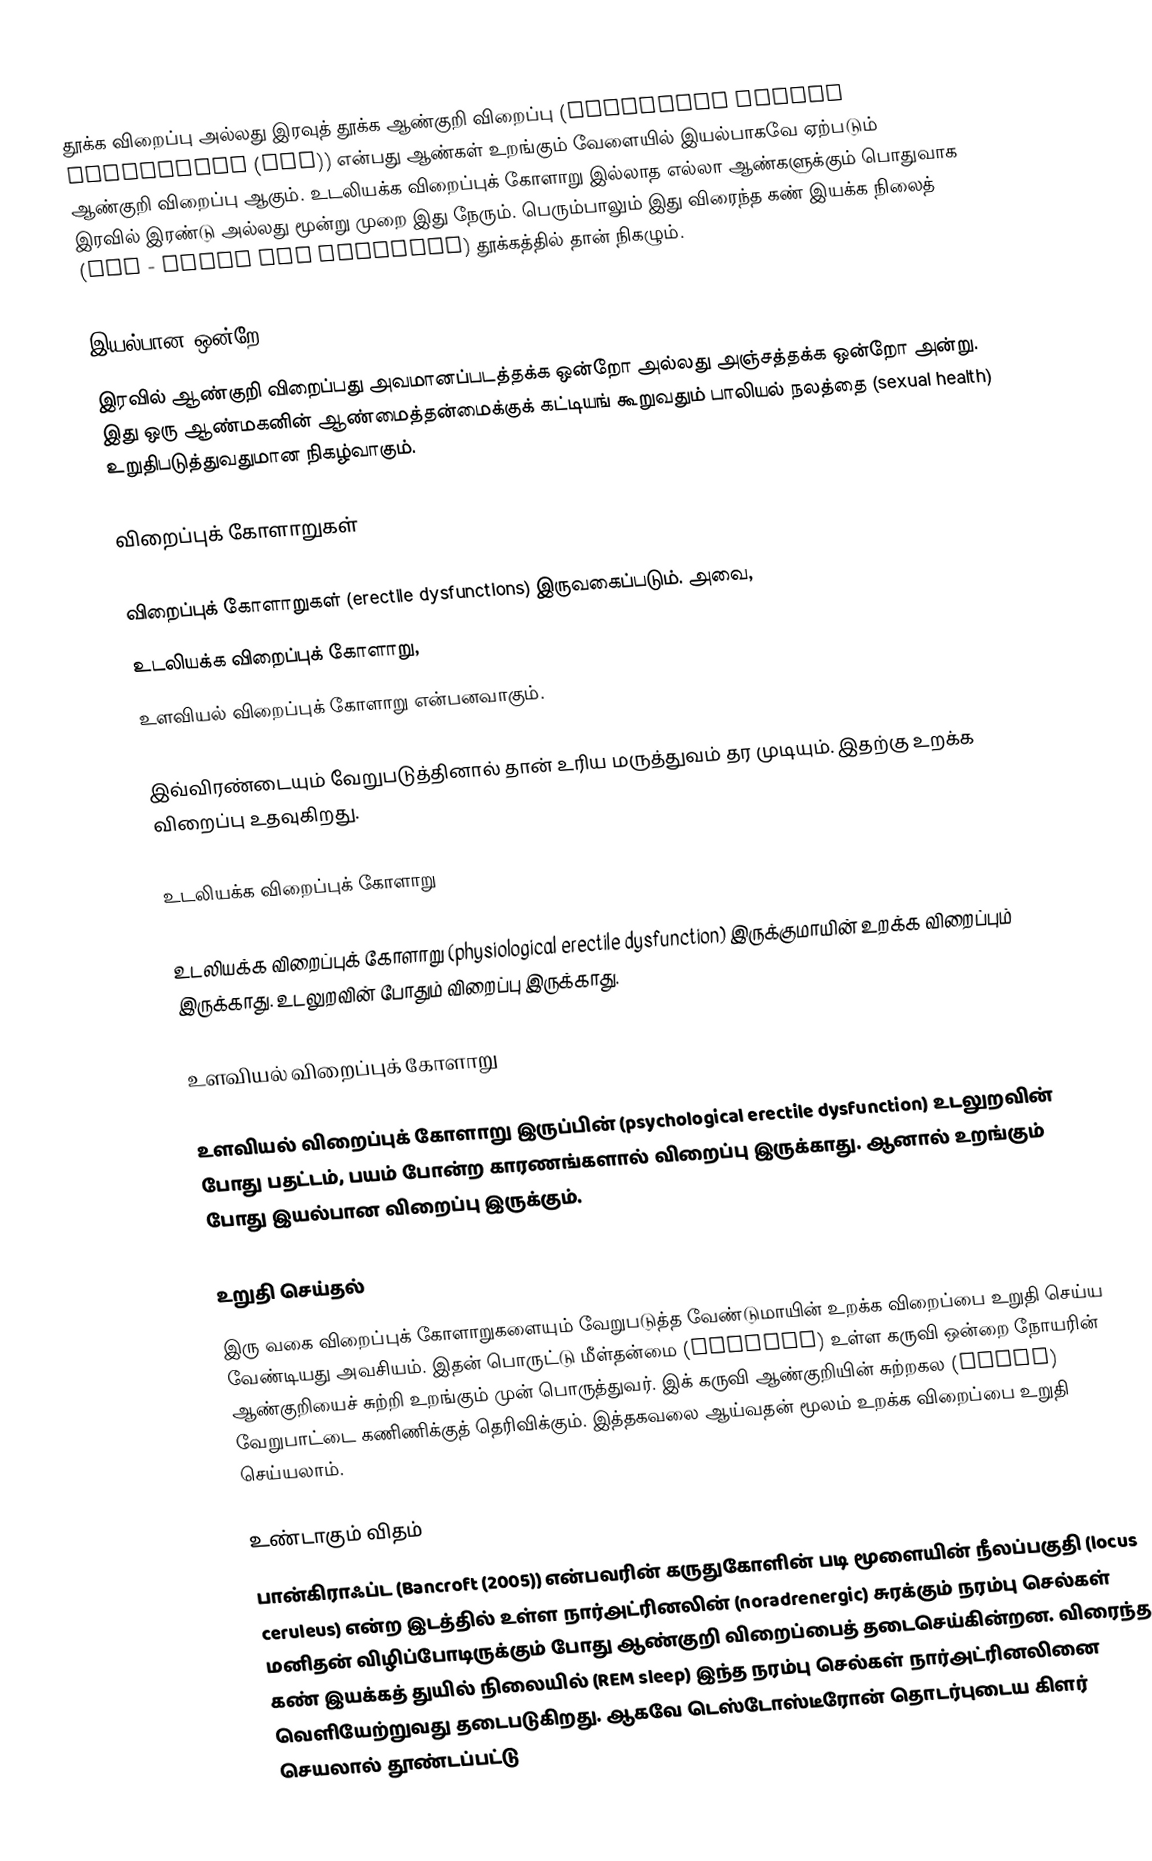
தூக்க விறைப்பு அல்லது இரவுத் தூக்க ஆண்குறி விறைப்பு (Nocturnal penile tumescence (NPT)) என்பது ஆண்கள் உறங்கும் வேளையில் இயல்பாகவே ஏற்படும் ஆண்குறி விறைப்பு ஆகும். உடலியக்க விறைப்புக் கோளாறு இல்லாத எல்லா ஆண்களுக்கும் பொதுவாக இரவில் இரண்டு அல்லது மூன்று முறை இது நேரும். பெரும்பாலும் இது விரைந்த கண் இயக்க நிலைத் (REM - Rapid Eye Movement) தூக்கத்தில்  தான் நிகழும்.

இயல்பான ஒன்றே
இரவில் ஆண்குறி விறைப்பது அவமானப்படத்தக்க ஒன்றோ அல்லது அஞ்சத்தக்க ஒன்றோ அன்று. இது ஒரு ஆண்மகனின் ஆண்மைத்தன்மைக்குக் கட்டியங் கூறுவதும் பாலியல் நலத்தை (sexual health) உறுதிபடுத்துவதுமான நிகழ்வாகும்.

விறைப்புக் கோளாறுகள்

விறைப்புக் கோளாறுகள் (erectile dysfunctions) இருவகைப்படும். அவை,
 உடலியக்க விறைப்புக் கோளாறு,
 உளவியல் விறைப்புக் கோளாறு என்பனவாகும்.

இவ்விரண்டையும் வேறுபடுத்தினால் தான் உரிய மருத்துவம் தர முடியும். இதற்கு உறக்க விறைப்பு உதவுகிறது.

உடலியக்க விறைப்புக் கோளாறு

உடலியக்க விறைப்புக் கோளாறு (physiological erectile dysfunction) இருக்குமாயின் உறக்க விறைப்பும் இருக்காது. உடலுறவின் போதும் விறைப்பு இருக்காது.

உளவியல் விறைப்புக் கோளாறு

உளவியல் விறைப்புக் கோளாறு இருப்பின் (psychological erectile dysfunction) உடலுறவின் போது பதட்டம், பயம் போன்ற காரணங்களால் விறைப்பு இருக்காது. ஆனால் உறங்கும் போது இயல்பான விறைப்பு இருக்கும்.

உறுதி செய்தல்
இரு வகை விறைப்புக் கோளாறுகளையும் வேறுபடுத்த வேண்டுமாயின் உறக்க விறைப்பை உறுதி செய்ய வேண்டியது அவசியம். இதன் பொருட்டு மீள்தன்மை (elastic) உள்ள கருவி ஒன்றை நோயரின் ஆண்குறியைச் சுற்றி உறங்கும் முன் பொருத்துவர். இக் கருவி ஆண்குறியின் சுற்றகல (girth) வேறுபாட்டை கணிணிக்குத் தெரிவிக்கும். இத்தகவலை ஆய்வதன் மூலம் உறக்க விறைப்பை உறுதி செய்யலாம்.

உண்டாகும் விதம்
பான்கிராஃப்ட (Bancroft (2005)) என்பவரின் கருதுகோளின்  படி மூளையின் நீலப்பகுதி (locus ceruleus) என்ற இடத்தில் உள்ள நார்அட்ரினலின் (noradrenergic) சுரக்கும் நரம்பு செல்கள் மனிதன் விழிப்போடிருக்கும் போது ஆண்குறி விறைப்பைத் தடைசெய்கின்றன. விரைந்த கண் இயக்கத் துயில் நிலையில் (REM sleep) இந்த நரம்பு செல்கள் நார்அட்ரினலினை வெளியேற்றுவது தடைபடுகிறது. ஆகவே டெஸ்டோஸ்டீரோன் தொடர்புடைய கிளர் செயலால் தூண்டப்பட்டு